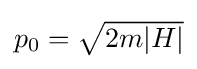
{\textstyle p_{0}={\sqrt {2m|H|}}}